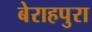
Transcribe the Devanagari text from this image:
बेराहपुरा